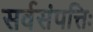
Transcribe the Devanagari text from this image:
सर्वसंपत्तिः